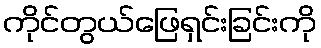
ကိုင်တွယ်ဖြေရှင်းခြင်းကို